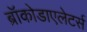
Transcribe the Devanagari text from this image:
ब्रॉकोडाएलेटर्स